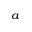
^ a